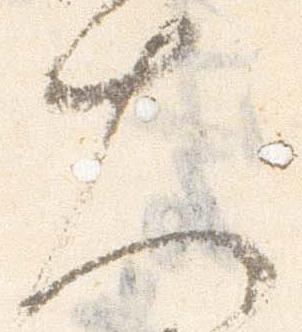
大